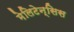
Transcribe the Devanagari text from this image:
मेलिटेन्सिस